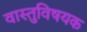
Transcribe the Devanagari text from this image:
वास्तुविषयक